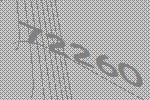
72260